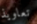
تعاويذ